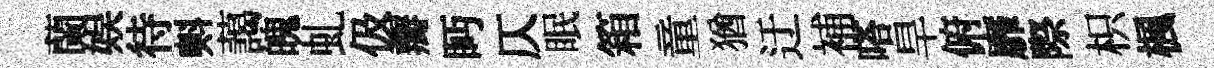
蘭娱待㪺藹魄虬伋瓣眄仄眠箱童猶迂補嗒旱俯靡際枳楓